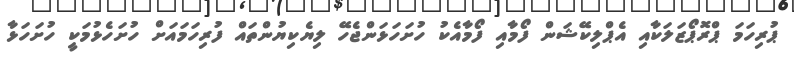
ޕުރިހަމަ ޕްރޮޕޯޒަލަކާއި އެޕްލިކޭޝަން ފޯމާއި ފޯމާއެކު ހުށަހަޅަންޖެހޭ ލިޔެކިޔުންތައް ފުރިހަމައަށް ހުށަހެޅުމަކީ ހުށަހަޅާ